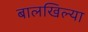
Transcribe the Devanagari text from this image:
बालखिल्या